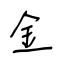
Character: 金